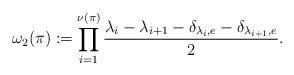
LaTeX: \begin{align*}\omega_2(\pi) := \prod_{i=1}^{\nu(\pi)} \frac{\lambda_i - \lambda_{i+1}-\delta_{\lambda_i,e}-\delta_{\lambda_{i+1},e}}{2}.\end{align*}